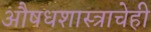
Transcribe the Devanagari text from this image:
औषधशास्त्राचेही